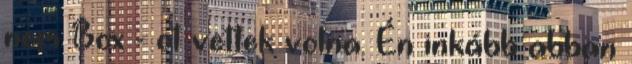
nem Box - ot vettek volna. Én inkább abban